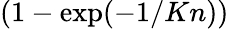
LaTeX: (1-\exp(-1/Kn))